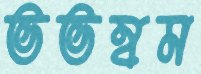
ভভম্বম